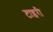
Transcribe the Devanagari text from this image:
टाइरी